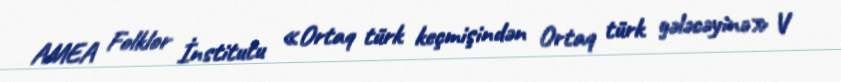
AMEA Folklor İnstitutu «Ortaq türk keçmişindən Ortaq türk gələcəyinə» V